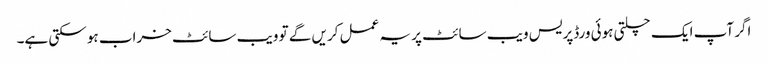
اگر آپ ایک چلتی ہوئی ورڈپریس ویب سائٹ پر یہ عمل کریں گے تو ویب سائٹ خراب ہو سکتی ہے۔